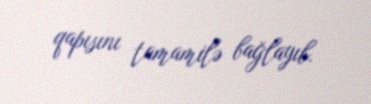
qapısını tamamilə bağlayıb.